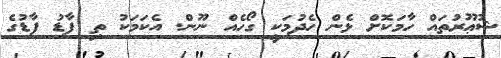
ޝުޢޫރުތައް ހާމަކޮށް ޅެން ހެދުމަކީ ގޯހެއް ނޫން. އެކަމަކު ތި ފާޑު ފާޑުގެ